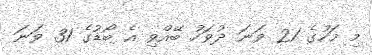
މި މަހުގެ 21 ވަނަ ދުވަހު ބޭއްވި އެ ބޯޑުގެ 31 ވަނަ